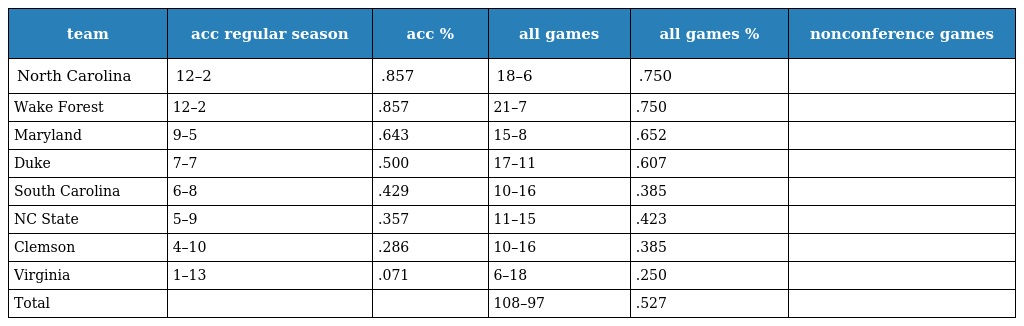
| team | acc regular season | acc % | all games | all games % | nonconference games |
 | --- | --- | --- | --- | --- | --- |
 | North Carolina | 12–2 | .857 | 18–6 | .750 |  |
 | Wake Forest | 12–2 | .857 | 21–7 | .750 |  |
 | Maryland | 9–5 | .643 | 15–8 | .652 |  |
 | Duke | 7–7 | .500 | 17–11 | .607 |  |
 | South Carolina | 6–8 | .429 | 10–16 | .385 |  |
 | NC State | 5–9 | .357 | 11–15 | .423 |  |
 | Clemson | 4–10 | .286 | 10–16 | .385 |  |
 | Virginia | 1–13 | .071 | 6–18 | .250 |  |
 | Total |  |  | 108–97 | .527 |  |